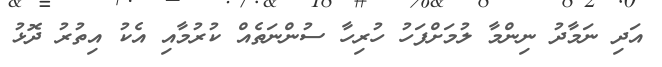
އަދި ނަމާދު ނިންމާ ލުމަށްފަހު ހުރިހާ ސުންނަތެއް ކުރުމާއި އެކު އިތުރު ދޮޅު